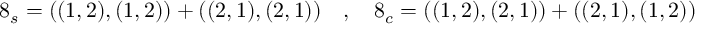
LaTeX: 8 _ { s } = ( ( 1 , 2 ) , ( 1 , 2 ) ) + ( ( 2 , 1 ) , ( 2 , 1 ) ) ~ ~ ~ , ~ ~ ~ 8 _ { c } = ( ( 1 , 2 ) , ( 2 , 1 ) ) + ( ( 2 , 1 ) , ( 1 , 2 ) )